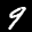
Label: 9